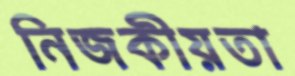
নিজকীয়তা